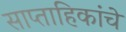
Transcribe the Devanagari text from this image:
साप्ताहिकांचे